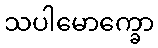
သပါမောက္ခော